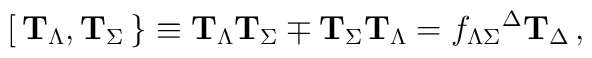
{}[\, {\bf T}_\Lambda , {\bf T}_\Sigma\, \} \equiv{\bf T}_\Lambda {\bf T}_\Sigma \mp {\bf T}_\Sigma {\bf T}_\Lambda= f_{\Lambda\Sigma}{}^\Delta {\bf T}_\Delta\,,